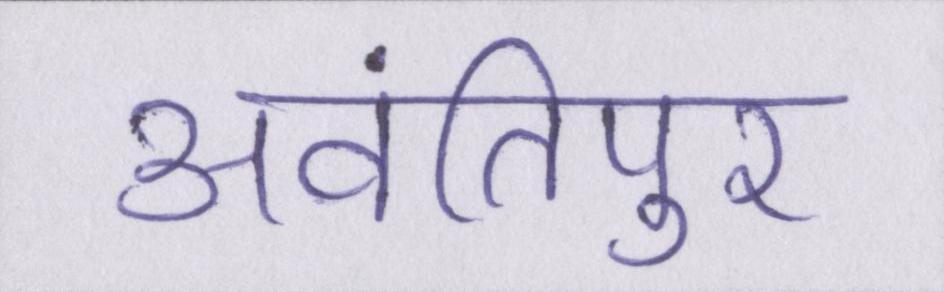
अवंतिपुर